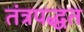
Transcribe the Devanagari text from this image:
तंत्रपद्धत